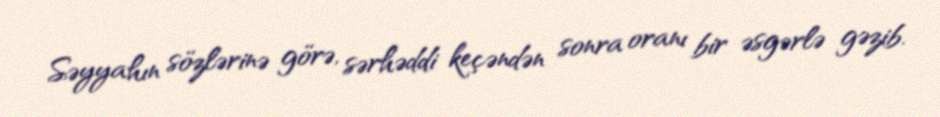
Səyyahın sözlərinə görə, sərhəddi keçəndən sonra oranı bir əsgərlə gəzib.